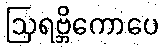
ဩရဗ္ဘိကောပေ